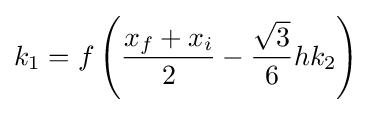
k_{1}=f\left({\frac {x_{f}+x_{i}}{2}}-{\frac {\sqrt {3}}{6}}hk_{2}\right)